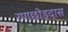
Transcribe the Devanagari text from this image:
रणछोड़दास